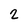
Character: 2